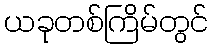
ယခုတစ်ကြိမ်တွင်